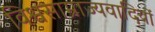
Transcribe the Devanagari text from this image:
विश्वसाम्राज्यवादियों